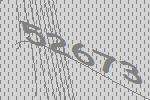
52673